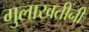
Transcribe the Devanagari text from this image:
मुलाखतींनी